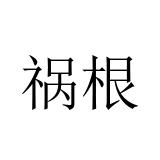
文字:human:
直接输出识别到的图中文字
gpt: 祸根